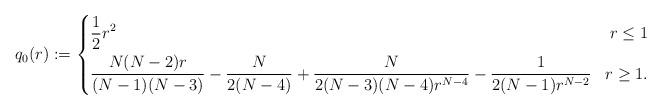
LaTeX: \begin{align*} q_0(r) := \left\{ \begin{aligned} &\frac 12 r^2& r\leq 1 \\ &\frac{N(N-2)r}{(N-1)(N-3)} - \frac{N}{2(N-4)}+ \frac{N}{2(N-3)(N-4)r^{N-4}} - \frac{1}{2(N-1)r^{N-2}}& r \geq 1. \end{aligned}\right. \end{align*}